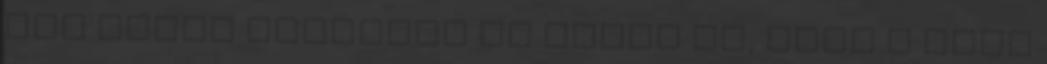
még indie játéknak se lenne jó, hogy a omba